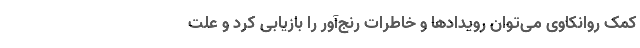
کمک روانکاوی می‌توان رویداد‌ها و خاطرات رنج‌آور را بازیابی کرد و علت